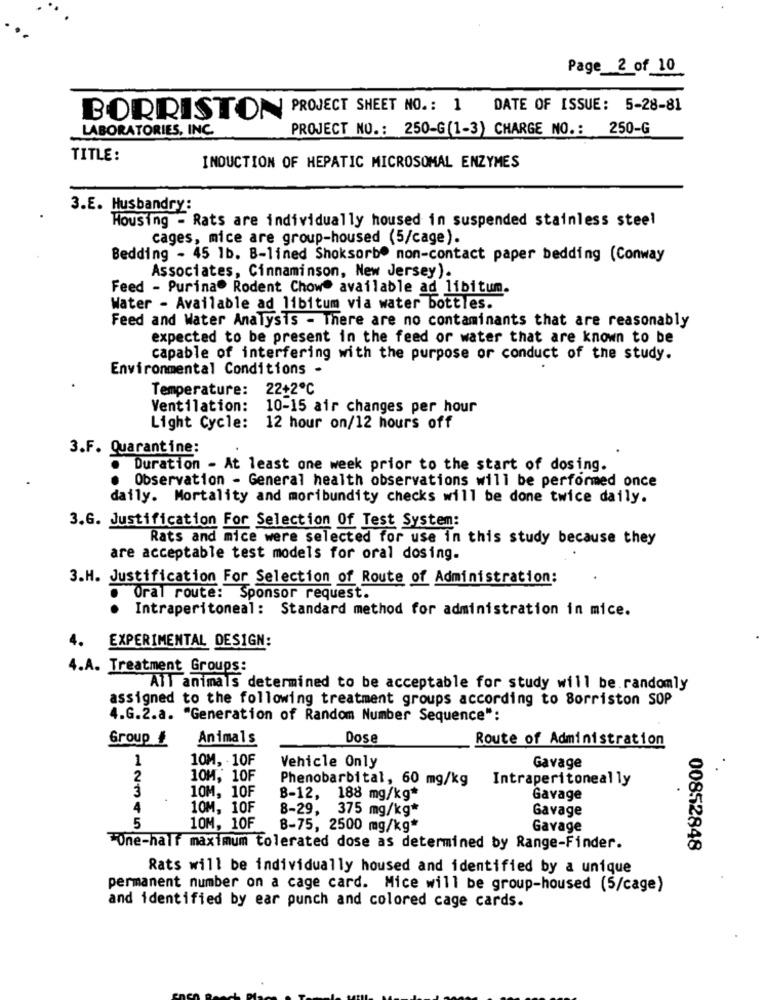
Page_2_of 10
BORRISTON PROJECT SHEET NO .: 1
DATE OF ISSUE: 5-28-81
LABORATORIES, INC.
PROJECT NO .: 250-G(1-3) CHARGE NO .: 250-G
TITLE:
INDUCTION OF HEPATIC MICROSOMAL ENZYMES
3.E. Husbandry:
Housing - Rats are individually housed in suspended stainless steel
cages, mice are group-housed (5/cage).
Bedding - 45 1b. B-lined Shoksorbe non-contact paper bedding (Conway
Associates, Cinnaminson, New Jersey).
Feed - Purina® Rodent Chowe available ad libitum.
Water - Available ad libitum via water bottles.
Feed and Water Analysis - There are no contaminants that are reasonably
expected to be present in the feed or water that are known to be
capable of interfering with the purpose or conduct of the study.
Environmental Conditions -
Temperature: 22+2℃
Ventilation: 10-15 air changes per hour
Light Cycle: 12 hour on/12 hours off
3.F. Quarantine:
Duration - At least one week prior to the start of dosing.
Observation - General health observations will be performed once
daily. Mortality and moribundity checks will be done twice daily.
3.G. Justification For Selection Of Test System:
Rats and mice were selected for use in this study because they
are acceptable test models for oral dosing.
3.H. Justification For Selection of Route of Administration:
Oral route: Sponsor request.
· Intraperitoneal: Standard method for administration in mice.
4. EXPERIMENTAL DESIGN:
4.A. Treatment Groups:
All animals determined to be acceptable for study will be.randomly
assigned to the following treatment groups according to Sorriston SOP
4.G.2.a. "Generation of Random Number Sequence":
Group #
Animals
Dose
Route of Administration
1
10M, 10F
Vehicle Only
Gavage
2
10M, 10F
Phenobarbital, 60 mg/kg Intraperitoneally
3
10M, 10F
B-12,
188 mg/kg*
Gavage
4
10M, 10F
8-29,
375 mg/kg*
Gavage
5
10M, 10F
B-75, 2500 mg/kg*
Gavage
"One-half maximum tolerated dose as determined by Range-Finder.
00852848
Rats will be individually housed and identified by a unique
permanent number on a cage card. Mice will be group-housed (5/cage)
and identified by ear punch and colored cage cards.